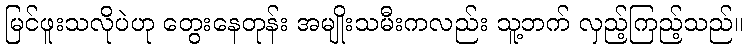
မြင်ဖူးသလိုပဲဟု တွေးနေတုန်း အမျိုးသမီးကလည်း သူ့ဘက် လှည့်ကြည့်သည်။